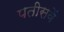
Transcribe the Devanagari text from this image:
पतीसवें